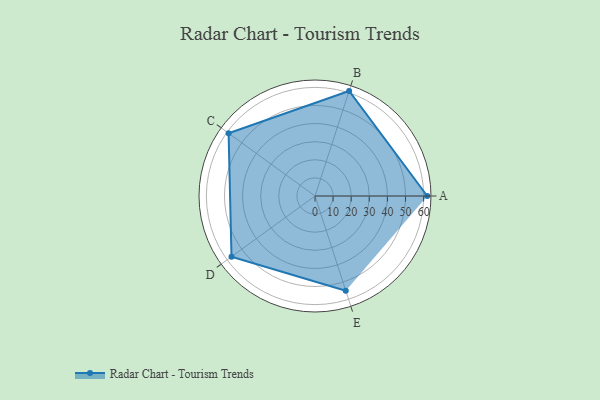
{"axis": {"x": "Skill", "y": "Score"}, "legend": ["Profile"], "data": [{"x": "A", "y": 62.0, "type": "Profile"}, {"x": "B", "y": 61.0, "type": "Profile"}, {"x": "C", "y": 59.0, "type": "Profile"}, {"x": "D", "y": 57.0, "type": "Profile"}, {"x": "E", "y": 55.0, "type": "Profile"}]}